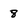
Character: 8